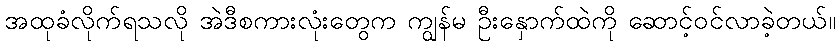
အထုခံလိုက်ရသလို အဲဒီစကားလုံးတွေက ကျွန်မ ဦးနှောက်ထဲကို ဆောင့်ဝင်လာခဲ့တယ်။